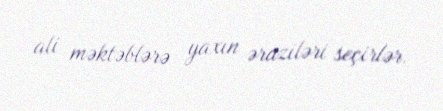
ali məktəblərə yaxın əraziləri seçirlər.